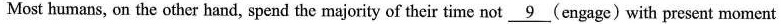
Most humans, on the other hand, spend the majority of their time not 9(engage)with present moment